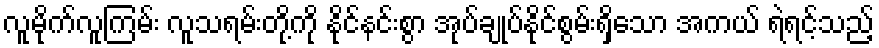
လူမိုက်လူကြမ်း လူသရမ်းတို့ကို နိုင်နင်းစွာ အုပ်ချုပ်နိုင်စွမ်းရှိသော အကယ် ရဲရင့်သည့်